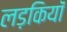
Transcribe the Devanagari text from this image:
लड़कियॉं